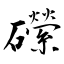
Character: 礯